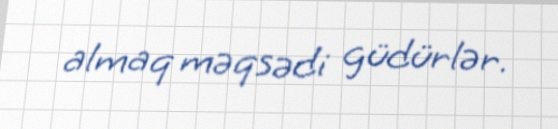
almaq məqsədi güdürlər.